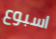
اسبوع